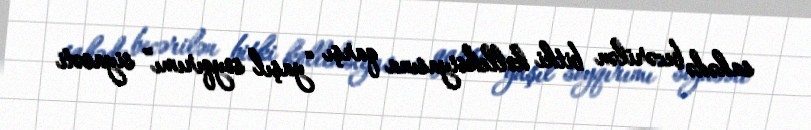
sahədə becərilən bitki kolleksiyasına qarşı “yaşıl soyqırımı” siyasəti